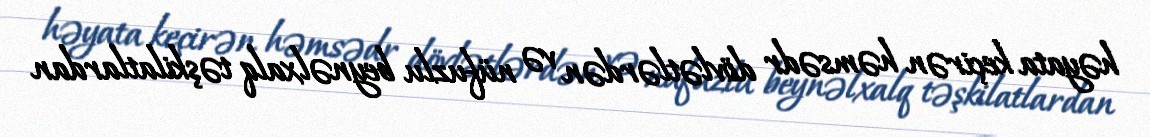
həyata keçirən həmsədr dövlətlərdən və nüfuzlu beynəlxalq təşkilatlardan